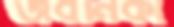
জবনিকা